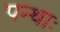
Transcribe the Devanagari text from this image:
पन्थाः